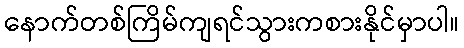
နောက်တစ်ကြိမ်ကျရင်သွားကစားနိုင်မှာပါ။